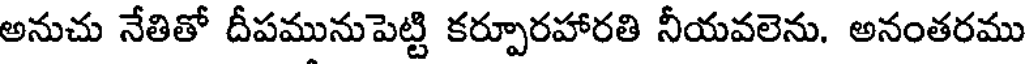
అనుచు నేతితో దీపమునుపెట్టి కర్పూరహారతి నీయవలెను. అనంతరము